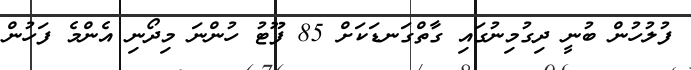
ފުލުހުން ބުނީ ދިގުމިނުގައި ގާތްގަނޑަކަށް 85 ފޫޓު ހުންނަ މިދޯނި އެންމެ ފަހުން